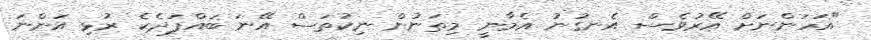
"އަހަންނަށް އޭރުވެސް އެނގުނު އެމާނީ މިތަނުން ނިކުތަސް އޭނަ ބައްޕަދެކެ ރުޅި އަންނަ